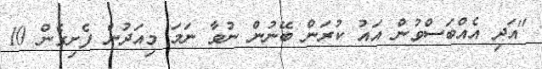
"އަދި އެއްބަސްވުން އައު ކުރަން ބޭނުން ނުވާ ނަމަ މިއަދުން ފެށިގެން 10